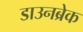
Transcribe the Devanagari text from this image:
डाउनब्रेक